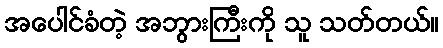
အပေါင်ခံတဲ့ အဘွားကြီးကို သူ သတ်တယ်။